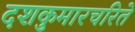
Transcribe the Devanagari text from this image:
दशकुमारचरिते